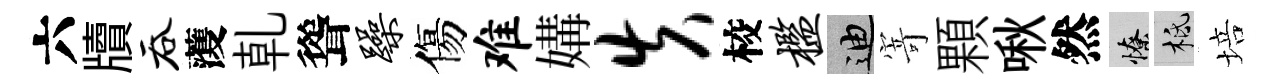
六牘吞𮑮乹聳躁傷难媾失校槛迪𭔃顆啾然憭柢培